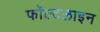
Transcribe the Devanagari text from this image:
फॉल्टलाइन